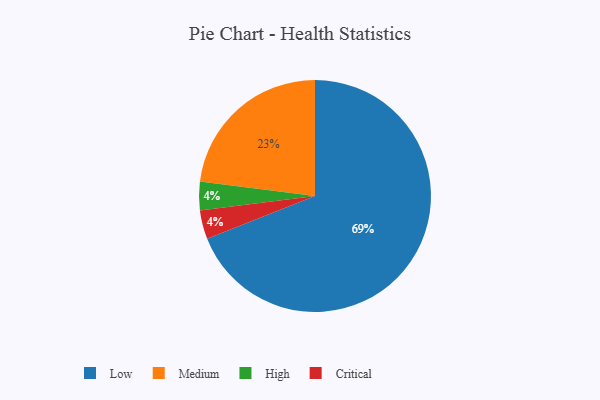
{"axis": {"x": "Category", "y": "Percentage"}, "legend": ["Critical", "High", "Low", "Medium"], "data": [{"x": "High", "y": 4, "type": "High"}, {"x": "Low", "y": 69, "type": "Low"}, {"x": "Critical", "y": 4, "type": "Critical"}, {"x": "Medium", "y": 23, "type": "Medium"}]}